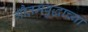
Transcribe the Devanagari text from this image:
गौतमबुद्धाच्या